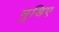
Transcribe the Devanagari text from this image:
मुडिए